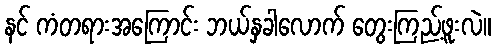
နင် ကံတရားအကြောင်း ဘယ်နှခါလောက် တွေးကြည့်ဖူးလဲ။